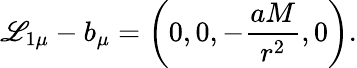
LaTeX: \mathscr{L}_{1\mu}-b_{\mu}=\left(0,0,-\frac{{aM}}{{r^{2}}},0\right).